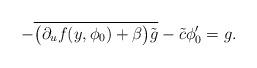
LaTeX: \begin{align*}-\overline{\big(\partial_uf(y,\phi_0)+\beta\big)\tilde{g}} -\tilde{c}\phi_0'=g.\end{align*}